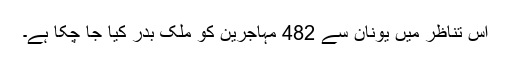
اس تناظر میں یونان سے 482 مہاجرین کو ملک بدر کیا جا چکا ہے۔